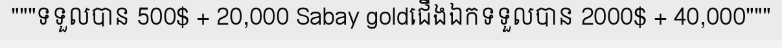
"""ទទួលបាន 500$ + 20,000 Sabay goldជើងឯកទទួលបាន 2000$ + 40,000"""